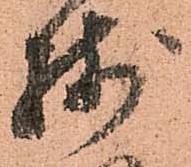
残